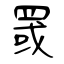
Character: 罭